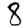
Digit: 8